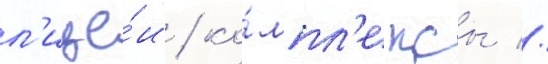
л'ице́и / ко́мпл'ексы //